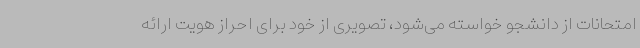
امتحانات از دانشجو خواسته می‌شود، تصویری از خود برای احراز هویت ارائه